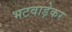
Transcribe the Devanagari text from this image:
भटवाड़ेकर